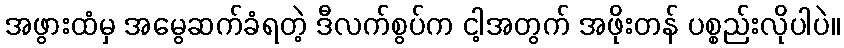
အဖွားထံမှ အမွေဆက်ခံရတဲ့ ဒီလက်စွပ်က ငါ့အတွက် အဖိုးတန် ပစ္စည်းလိုပါပဲ။